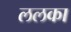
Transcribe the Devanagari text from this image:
ललका